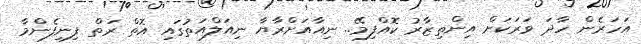
އަހަރެން ހާދަ ވަރަކަށް އިންތިޒާރު ކޮއްފިމޭ.. ނިއާއަށްރާޔާ ނިއަލްއަތުގައި އޮތް ރަތް ފިނިފެންމާ